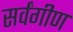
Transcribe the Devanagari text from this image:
सर्वंगीण